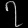
Digit: ၇